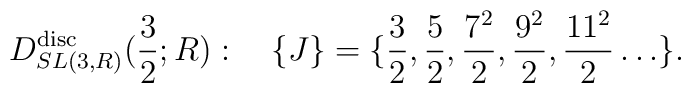
D^{\rm disc}_{SL(3,R)}({3\over 2};R):\quad\{J\}=\{{3\over 2},{5\over 2},{7^2\over 2},{9^2\over 2},{11^2\over 2}\ldots\}.